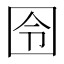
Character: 囹